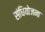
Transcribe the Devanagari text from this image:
संधियोजना